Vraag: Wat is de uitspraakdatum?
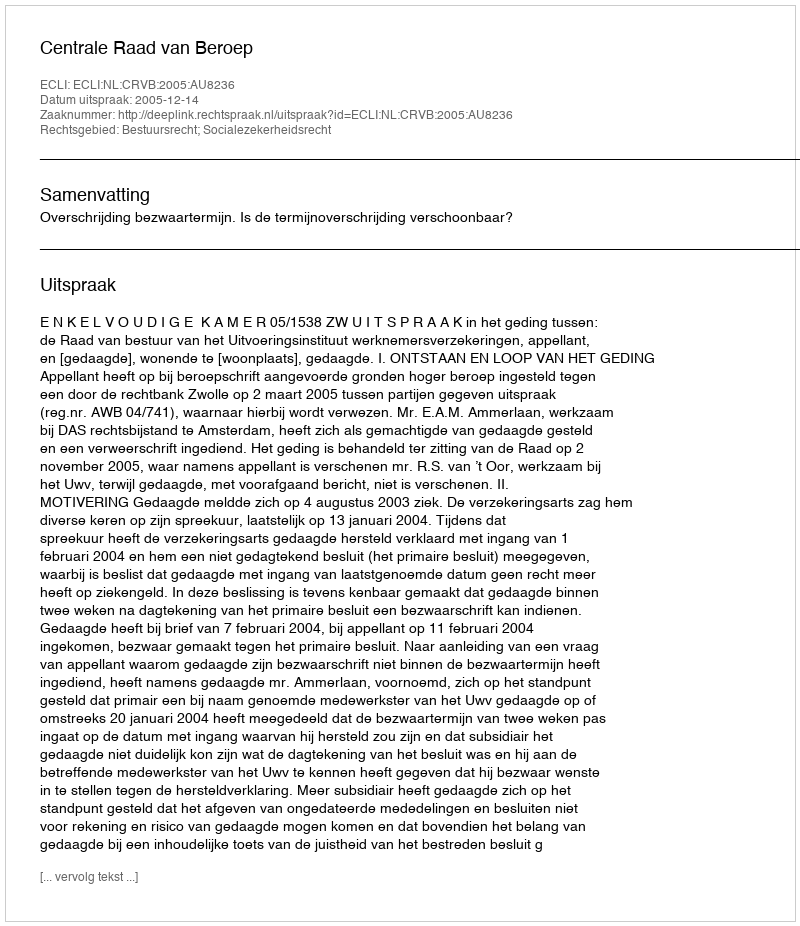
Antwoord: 2005-12-14